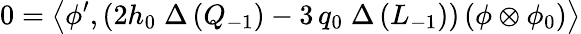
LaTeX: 0=\left\langle\phi^{\prime},\left(2h_{0}\; \Delta\, (Q_{-1})-3\, q_{0}\; \Delta\, (L_{-1})\right)\left(\phi\otimes\phi_{0}\right)\right\rangle